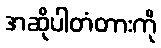
အဆိုပါတံတားကို